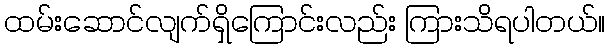
ထမ်းဆောင်လျက်ရှိကြောင်းလည်း ကြားသိရပါတယ်။